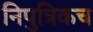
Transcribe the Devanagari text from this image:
निपुत्रिकच